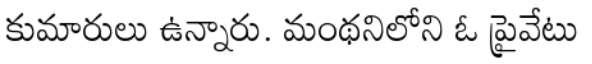
కుమారులు ఉన్నారు. మంథనిలోని ఓ ప్రైవేటు